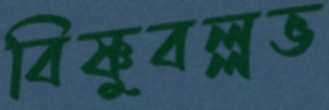
বিষ্ণুবল্লভ